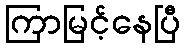
ကြာမြင့်နေပြီ